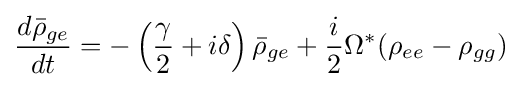
{\frac {d{\bar {\rho }}_{ge}}{dt}}=-\left({\frac {\gamma }{2}}+i\delta \right){\bar {\rho }}_{ge}+{\frac {i}{2}}\Omega ^{*}(\rho _{ee}-\rho _{gg})